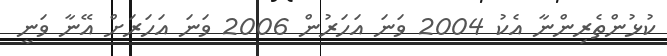
ކުޅުންތެރިންނާ އެކު 2004 ވަނަ އަހަރުން 2006 ވަނަ އަހަރަށް އޭނާ ވަނީ